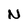
Character: N